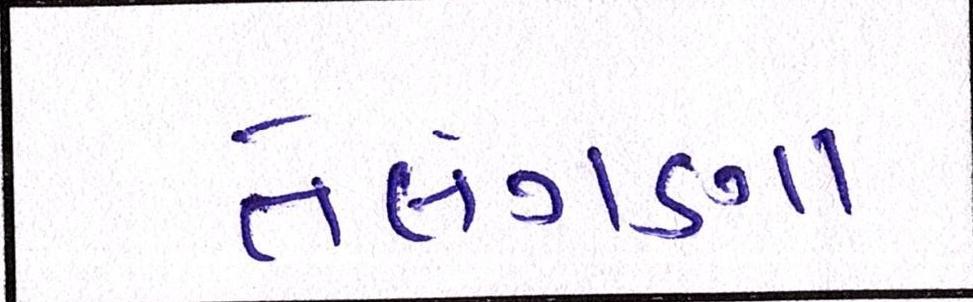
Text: તેલંગણા